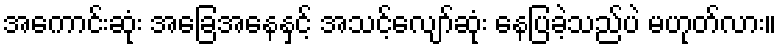
အကောင်းဆုံး အခြေအနေနှင့် အသင့်လျော်ဆုံး နေပြခဲ့သည်ပဲ မဟုတ်လား။